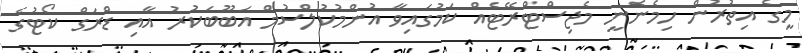
މީގެ އިތުރުން ހިމެނެނީ މެޖިސްޓްރޭޓެއް ކަމުގައިވާ އުންމުކުލްސުމް އަބޫބަކުރު އާއި ޑްރަގް ކޯޓުގެ